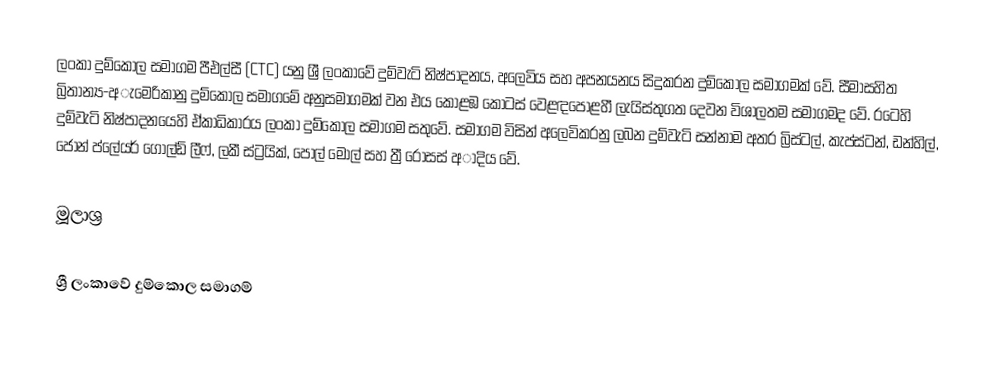
ලංකා දුම්කොල සමාගම පීඑල්සී (CTC) යනු ශ්‍රී ලංකාවේ දුම්වැටි නිෂ්පාදනය, අලෙවිය සහ අපනයනය සිදුකරන දුම්කොල සමාගමක් වේ. සීමාසහිත බ්‍රිතාන්‍ය-අැමෙරිකානු දුම්කොල සමාගමේ අනුසමාගමක් වන එය කොළඹ කොටස් වෙළඳපොළහී ලැයිස්තුගත දෙවන විශාලතම සමාගමද වේ. රටෙහි දුම්වැටි නිෂ්පාදනයෙහි ඒකාධිකාරය ලංකා දුම්කොල සමාගම සතුවේ. සමාගම විසින් අලෙවිකරනු ලබන දුම්වැටි සන්නාම අතර බ්‍රිස්ටල්, කැප්ස්ටන්, ඩන්හිල්, ජෝන් ප්ලේයර් ගෝල්ඩ් ලීෆ්, ලකී ස්ට්‍රයික්, පෝල් මෝල් සහ ත්‍රී රෝසස් අාදිය වේ.

මූලාශ්‍ර

ශ්‍රී ලංකාවේ දුම්කොල සමාගම්